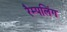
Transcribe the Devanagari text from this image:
रैम्पलिंग